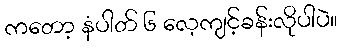
ကတော့ နံပါတ် ၆ လေ့ကျင့်ခန်းလိုပါပဲ။